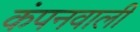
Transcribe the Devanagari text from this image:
कंपनवाली